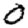
Digit: 0